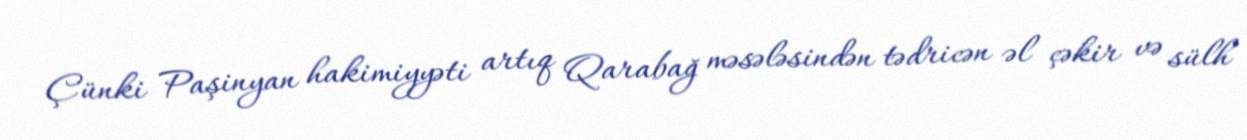
Çünki Paşinyan hakimiyyəti artıq Qarabağ məsələsindən tədricən əl çəkir və sülh